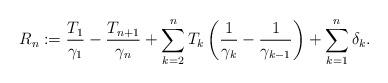
LaTeX: \begin{align*}R_{n} := \frac{T_{1}}{\gamma_{1}} - \frac{T_{n+1}}{\gamma_{n}} + \sum_{k=2}^{n} T_{k} \left( \frac{1}{\gamma_{k}} - \frac{1}{\gamma_{k-1}}\right) + \sum_{k=1}^{n} \delta_{k} .\end{align*}